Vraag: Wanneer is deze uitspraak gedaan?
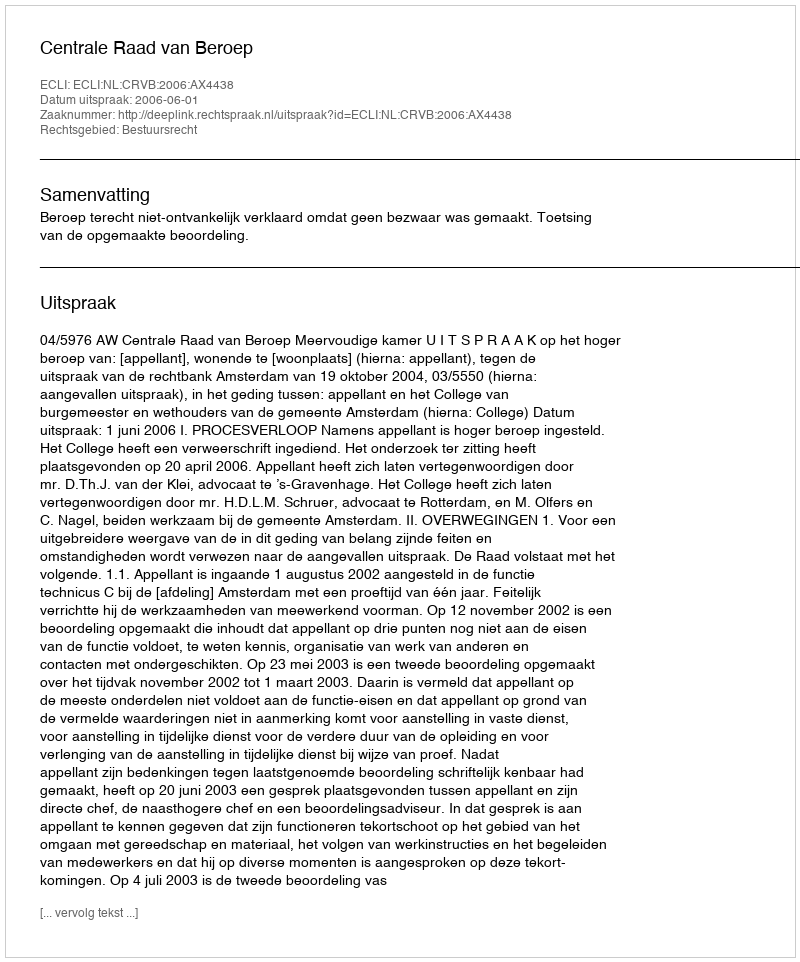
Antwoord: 2006-06-01